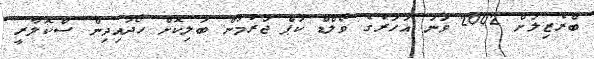
ބްރެޒިލަށް 2002 ވަނަ އަހަރުގެ ވޯލްޑް ކަޕް ޖަރުމަން ބަލިކޮށް ހޯދައިދިން ސްކޮލާރީ